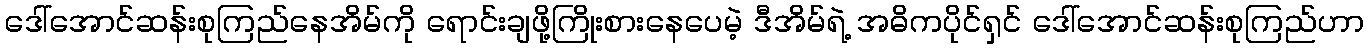
ဒေါ်အောင်ဆန်းစုကြည်နေအိမ်ကို ရောင်းချဖို့ကြိုးစားနေပေမဲ့ ဒီအိမ်ရဲ့ အဓိကပိုင်ရှင် ဒေါ်အောင်ဆန်းစုကြည်ဟာ